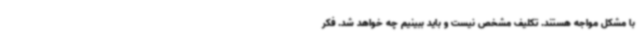
با مشکل مواجه هستند. تکلیف مشخص نیست و باید ببینیم چه خواهد شد. فکر